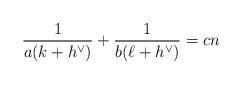
LaTeX: \begin{align*} \frac{1}{a(k+h^\vee)}+\frac{1}{b(\ell+h^\vee)}=c n\end{align*}